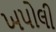
ખપોલી